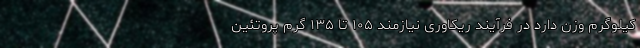
کیلوگرم وزن دارد در فرآیند ریکاوری نیازمند ۱۰۵ تا ۱۳۵ گرم پروتئین